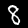
Label: 8